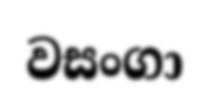
වසංගා